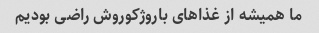
ما همیشه از غذاهای باروژکوروش راضی بودیم